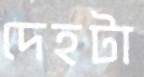
দেহটা